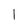
Character: l